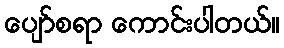
ပျော်စရာ ကောင်းပါတယ်။